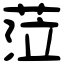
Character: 𦲷